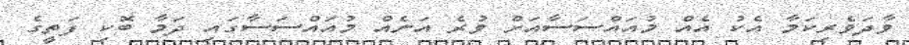
ވާދަވެރިކަމާ އެކު އެއް މުއައްސަސާއަށް ވުރެ އަނެއް މުއައްސަސާގައި ދަމާ ބޮކި ފަތީގެ